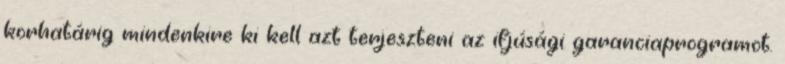
korhatárig mindenkire ki kell azt terjeszteni az ifjúsági garanciaprogramot.